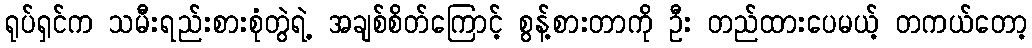
ရုပ်ရှင်က သမီးရည်းစားစုံတွဲရဲ့ အချစ်စိတ်ကြောင့် စွန့်စားတာကို ဦး တည်ထားပေမယ့် တကယ်တော့